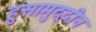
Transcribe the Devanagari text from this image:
हुसामुद्दीन